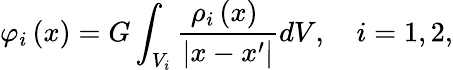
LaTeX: \varphi_{i}\left(x\right)=G\int_{V_{i}}\frac{\rho_{i}\left(x\right)\ }{\vert x-x^{\prime}\vert}dV,\quad i=1,2,